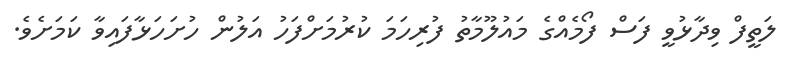
ލަތީފް ވިދާޅުވީ ފަސް ފޯމެއްގެ މައުލޫމާތު ފުރިހަމަ ކުރުމަށްފަހު އަލުން ހުށަހަޅާފައިވާ ކަމަށެވެ.